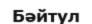
Бәйтул